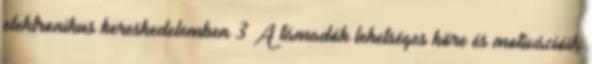
elektronikus kereskedelemben 3 A támadók lehetséges köre és motivációik